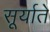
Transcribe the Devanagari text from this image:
सूर्याते